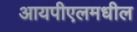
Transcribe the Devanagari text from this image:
आयपीएलमधील